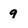
Character: 9